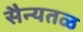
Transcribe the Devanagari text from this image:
सैन्यतळ